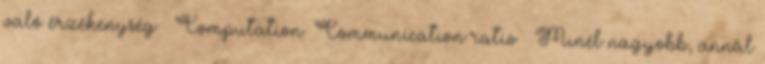
való érzékenység ● Computation Communication ratio – Minél nagyobb, annál